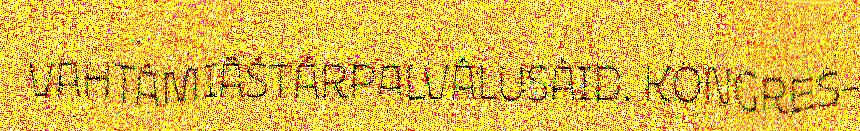
VAHTÂMIÄŠTÁRPALVÂLUSÂID. KONGRES-